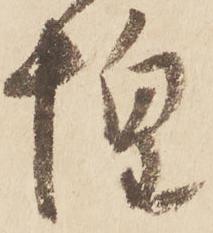
惶